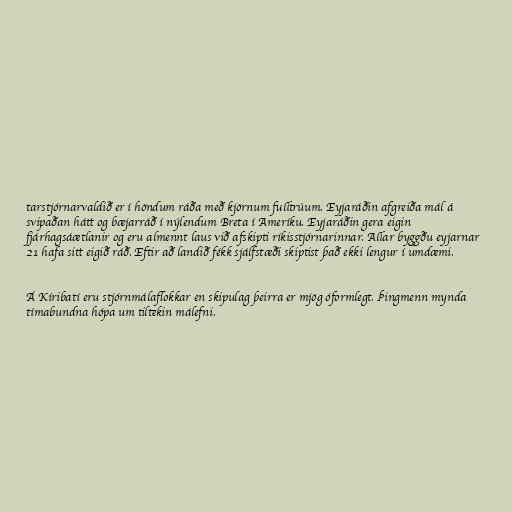
tarstjórnarvaldið er í höndum ráða með kjörnum fulltrúum. Eyjaráðin afgreiða mál á
svipaðan hátt og bæjarráð í nýlendum Breta í Ameríku. Eyjaráðin gera eigin
fjárhagsáætlanir og eru almennt laus við afskipti ríkisstjórnarinnar. Allar byggðu eyjarnar
21 hafa sitt eigið ráð. Eftir að landið fékk sjálfstæði skiptist það ekki lengur í umdæmi.

Á Kíribatí eru stjórnmálaflokkar en skipulag þeirra er mjög óformlegt. Þingmenn mynda
tímabundna hópa um tiltekin málefni.